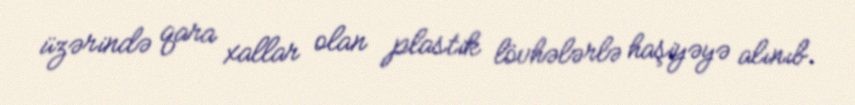
üzərində qara xallar olan plastik lövhələrlə haşiyəyə alınıb.